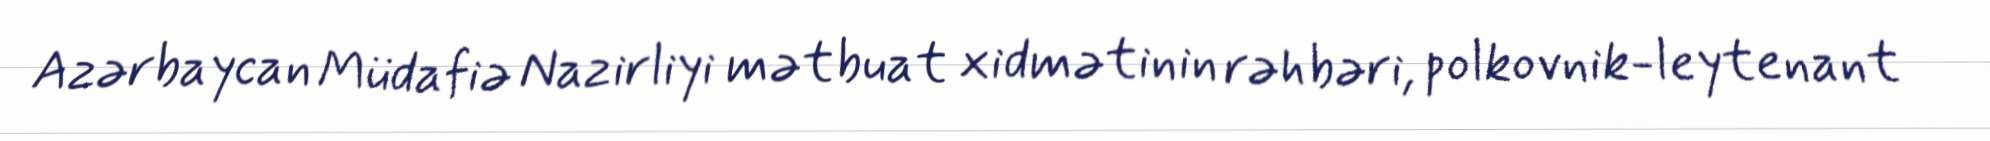
Azərbaycan Müdafiə Nazirliyi mətbuat xidmətinin rəhbəri, polkovnik-leytenant